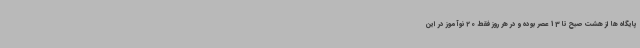
پایگاه ها از هشت صبح تا 13 عصر بوده و در هر روز فقط 20 نوآموز در این